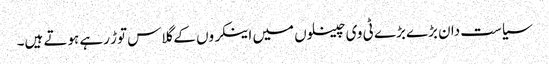
سیاست دان بڑے بڑے ٹی وی چینلوں میں اینکروں کے گلاس توڑ رہے ہوتے ہیں۔